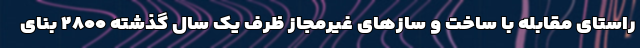
راستای مقابله با ساخت و سازهای غیرمجاز ظرف یک سال گذشته ۲۸۰۰ بنای